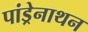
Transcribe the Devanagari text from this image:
पांड्रेनाथन